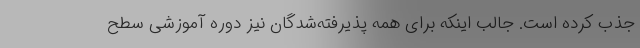
جذب کرده است. جالب اینکه برای همه پذیرفته‌شدگان نیز دوره آموزشی سطح